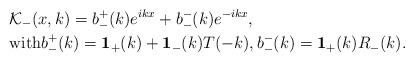
LaTeX: \begin{align*}& \mathcal{K}_-(x,k) = b_-^+(k) e^{ikx} + b_-^-(k) e^{-ikx},\\& \mbox{with} b_-^+(k) = \mathbf{1}_{+}(k) + \mathbf{1}_{-}(k)T(-k), b^-_-(k) = \mathbf{1}_{+}(k)R_-(k).\end{align*}